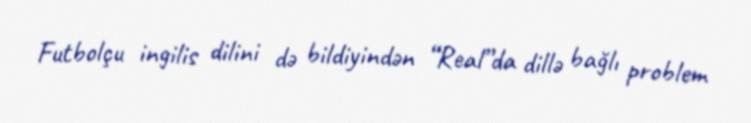
Futbolçu ingilis dilini də bildiyindən “Real”da dillə bağlı problem